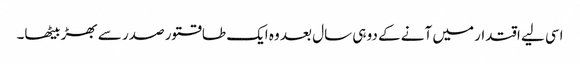
اسی لیے اقتدار میں آنے کے دو ہی سال بعد وہ ایک طاقتور صدر سے بھڑ بیٹھا۔